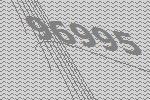
96995